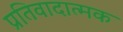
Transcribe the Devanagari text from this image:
प्रतिवादात्मक